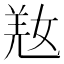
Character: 𡝸